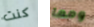
كنت ومما